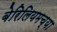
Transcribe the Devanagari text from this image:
बेरिलियमच्या